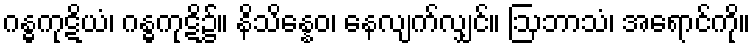
ဂန္ဓကုဋိယံ၊ ဂန္ဓကုဋိ၌။ နိသိန္နေဝ၊ နေလျက်လျှင်။ ဩဘာသံ၊ အရောင်ကို။